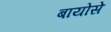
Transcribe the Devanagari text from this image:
बायोसे